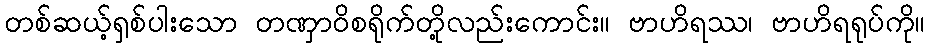
တစ်ဆယ့်ရှစ်ပါးသော တဏှာဝိစရိုက်တို့လည်းကောင်း။ ဗာဟိရဿ၊ ဗာဟိရရုပ်ကို။